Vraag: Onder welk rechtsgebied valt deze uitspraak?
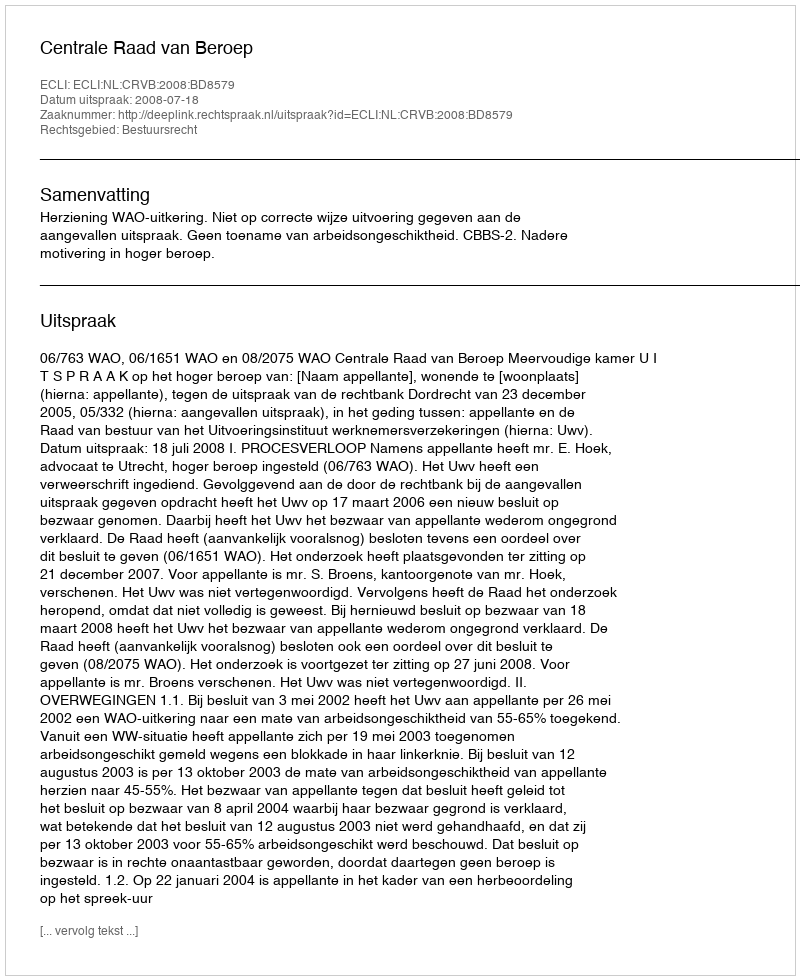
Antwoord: Bestuursrecht